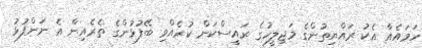
ހަމައެއާ އެކު ރައްޔިތުންގެ މަޖިލީހުގެ ރައީސްކަން ކުރެއްވި ބޭފުޅުންގެ ތެރެއިން އެ ނަންފުޅު